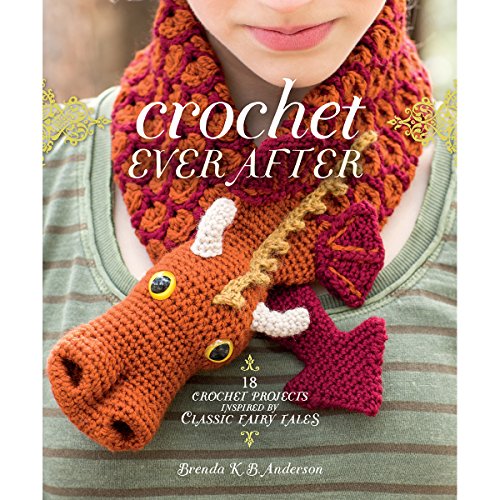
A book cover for Crochet Ever After: 18 Crochet Projects Inspired by Classic Fairy Tales; Brenda K.B. Anderson; Crafts, Hobbies & Home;